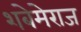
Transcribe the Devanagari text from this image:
शबेमेराज